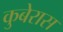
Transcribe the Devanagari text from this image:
कुबेरास